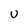
Character: U